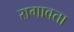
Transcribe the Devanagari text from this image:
रागावता